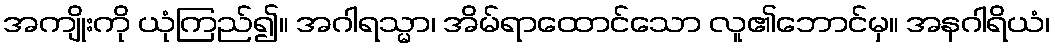
အကျိုးကို ယုံကြည်၍။ အဂါရသ္မာ၊ အိမ်ရာထောင်သော လူ၏ဘောင်မှ။ အနဂါရိယံ၊